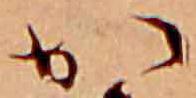
か